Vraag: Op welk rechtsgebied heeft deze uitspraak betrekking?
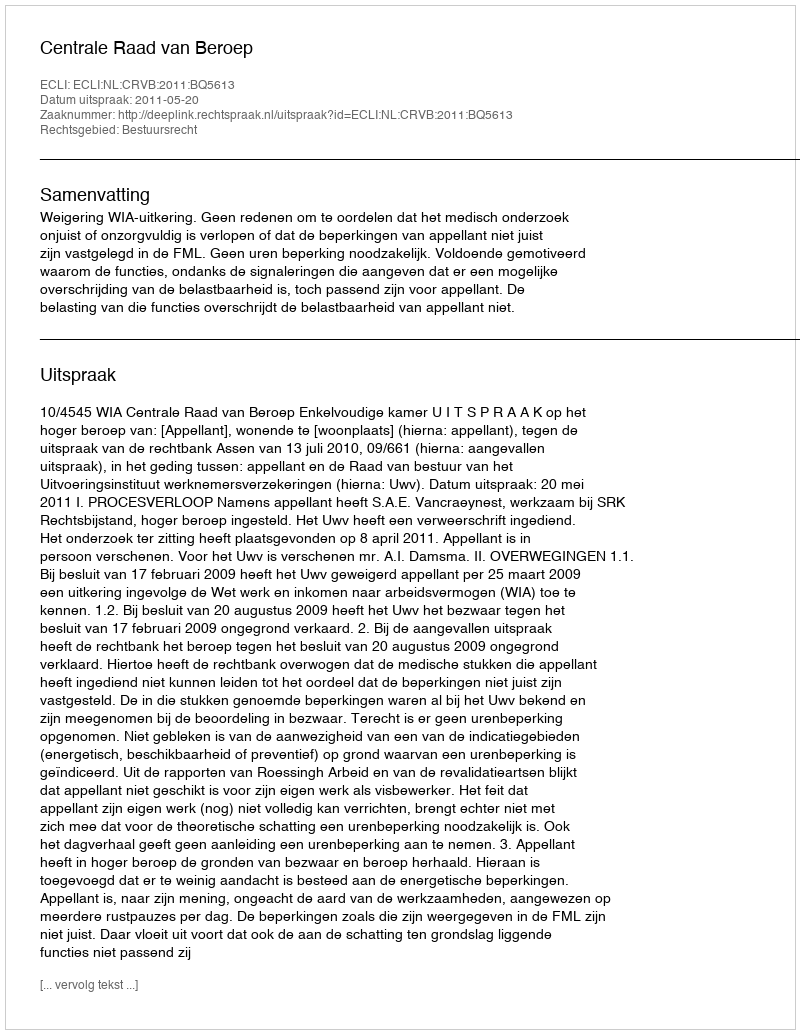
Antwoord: Bestuursrecht